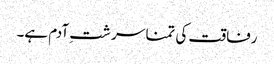
رفاقت کی تمنا سر شتِ آدم ہے۔